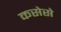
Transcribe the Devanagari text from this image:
कसेसे